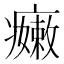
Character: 𱱬